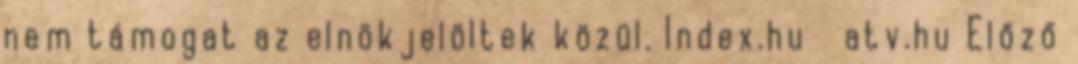
nem támogat az elnökjelöltek közül. Index.hu atv.hu Előző